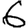
Digit: 6